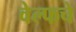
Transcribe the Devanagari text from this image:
वेल्फचे